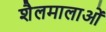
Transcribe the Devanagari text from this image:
शैलमालाओं